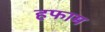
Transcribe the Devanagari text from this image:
हफाम